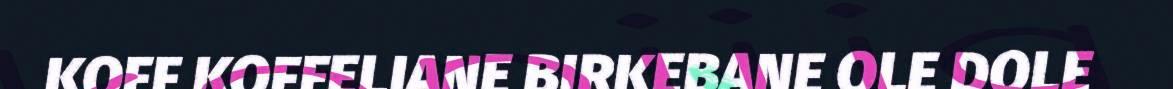
KOFF KOFFELIANE BIRKEBANE OLE DOLE